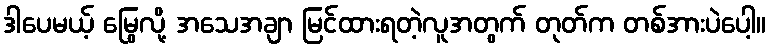
ဒါပေမယ့် မြွေလို့ အသေအချာ မြင်ထားရတဲ့လူအတွက် တုတ်က တစ်အားပဲပေါ့။